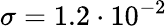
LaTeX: \sigma=1.2\cdot 10^{-2}